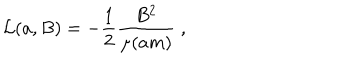
{ \cal L } ( a , B ) = - \frac { 1 } { 2 } \frac { B ^ { 2 } } { \mu ( a m ) } \; ,